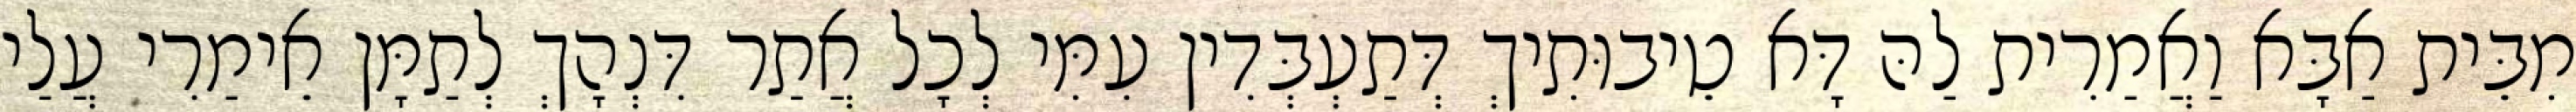
מִבֵּית אַבָּא וַאֲמַרִית לַהּ דָּא טֵיבוּתִיךְ דְּתַעְבְּדִין עִמִּי לְכָל אֲתַר דִּנְהָךְ לְתַמָּן אֵימַרִי עֲלַי